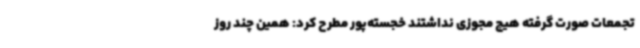
تجمعات صورت گرفته هیچ مجوزی نداشتند خجسته‌پور مطرح کرد: همین چند روز